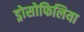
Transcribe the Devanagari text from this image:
ड्रोसोफिलिया